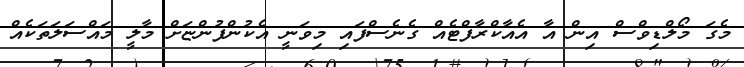
މެގަ މޯލްޑިވްސް އިން އާ އެއާކްރާފްޓެއް ގެނެސްފައި މިވަނީ އެކުންފުންޏަށް މާލީ މައްސަލަތަކެއް